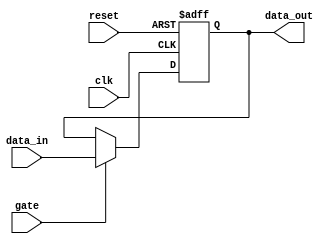
module gated_latch (
    input wire gate,
    input wire clk,
    input wire reset,
    input wire data_in,
    output reg data_out
);

always @(posedge clk or posedge reset) begin
    if (reset) begin
        data_out <= 1'b0; //Clear the stored data to 0
    end else begin
        if (gate) begin
            data_out <= data_in; // Propagate input data to output when gate is high
        end
    end
end

endmodule